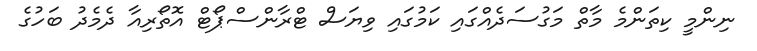
ނިންމީ ކިތަންމެ މާތް މަގުސަދެއްގައި ކަމުގައި ވިޔަސް ޓްރާންސްޕޯޓް އޮތޯރިއާ ދެމެދު ބަހުގެ